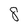
Character: 8